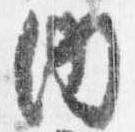
内